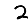
Digit: 2